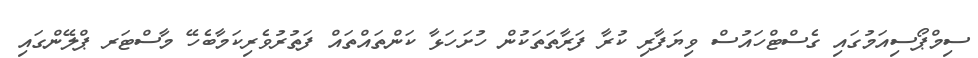
ސިމްޕޯސިއަމުގައި ގެސްޓްހައުސް ވިޔަފާރި ކުރާ ފަރާތަތަކުން ހުށަހަޅާ ކަންތައްތައް ފަތުރުވެރިކަމާބެހޭ މާސްޓަރ ޕްލޭންގައި